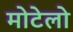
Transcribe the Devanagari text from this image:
मोटेलो